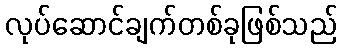
လုပ်ဆောင်ချက်တစ်ခုဖြစ်သည်